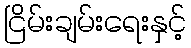
ငြိမ်းချမ်းရေးနှင့်